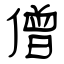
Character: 僧